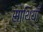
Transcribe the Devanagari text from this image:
साथियाँ